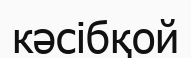
кәсібқой